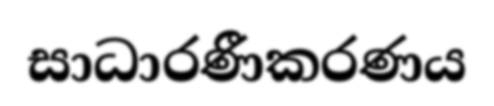
සාධාරණීකරණය